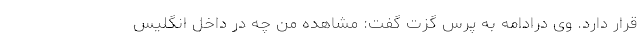
قرار دارد. وی درادامه به پرس گزت گفت: مشاهده من چه در داخل انگلیس